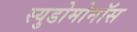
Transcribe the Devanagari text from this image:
स्युडोमोनॉस